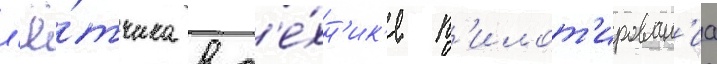
л'ё́тчика в т'е́хн'ик'е п'илот'ирован'иа